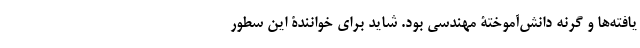
یافته‌ها و گرنه دانش‌آموختۀ مهندسی بود. شاید برای خوانندۀ این سطور